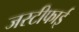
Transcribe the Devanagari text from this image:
जस्टीफाई